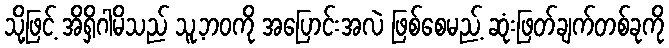
သို့ဖြင့် အိရှိဂါမိသည် သူ့ဘဝကို အပြောင်းအလဲ ဖြစ်စေမည့် ဆုံးဖြတ်ချက်တစ်ခုကို